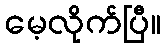
မေ့လိုက်ပြီ။